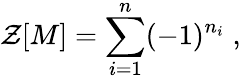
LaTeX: {\cal Z}[M]=\sum_{i=1}^{n}(-1)^{n_{i}}\; ,